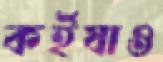
কর্ইযাও